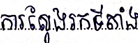
ការស្វែងរកទីតាំង